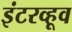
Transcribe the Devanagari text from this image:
इंटरव्हूव